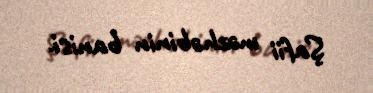
Şafii məzhəbinin banisi.